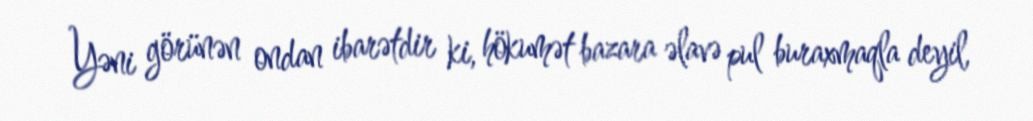
Yəni görünən ondan ibarətdir ki, hökumət bazara əlavə pul buraxmaqla deyil,